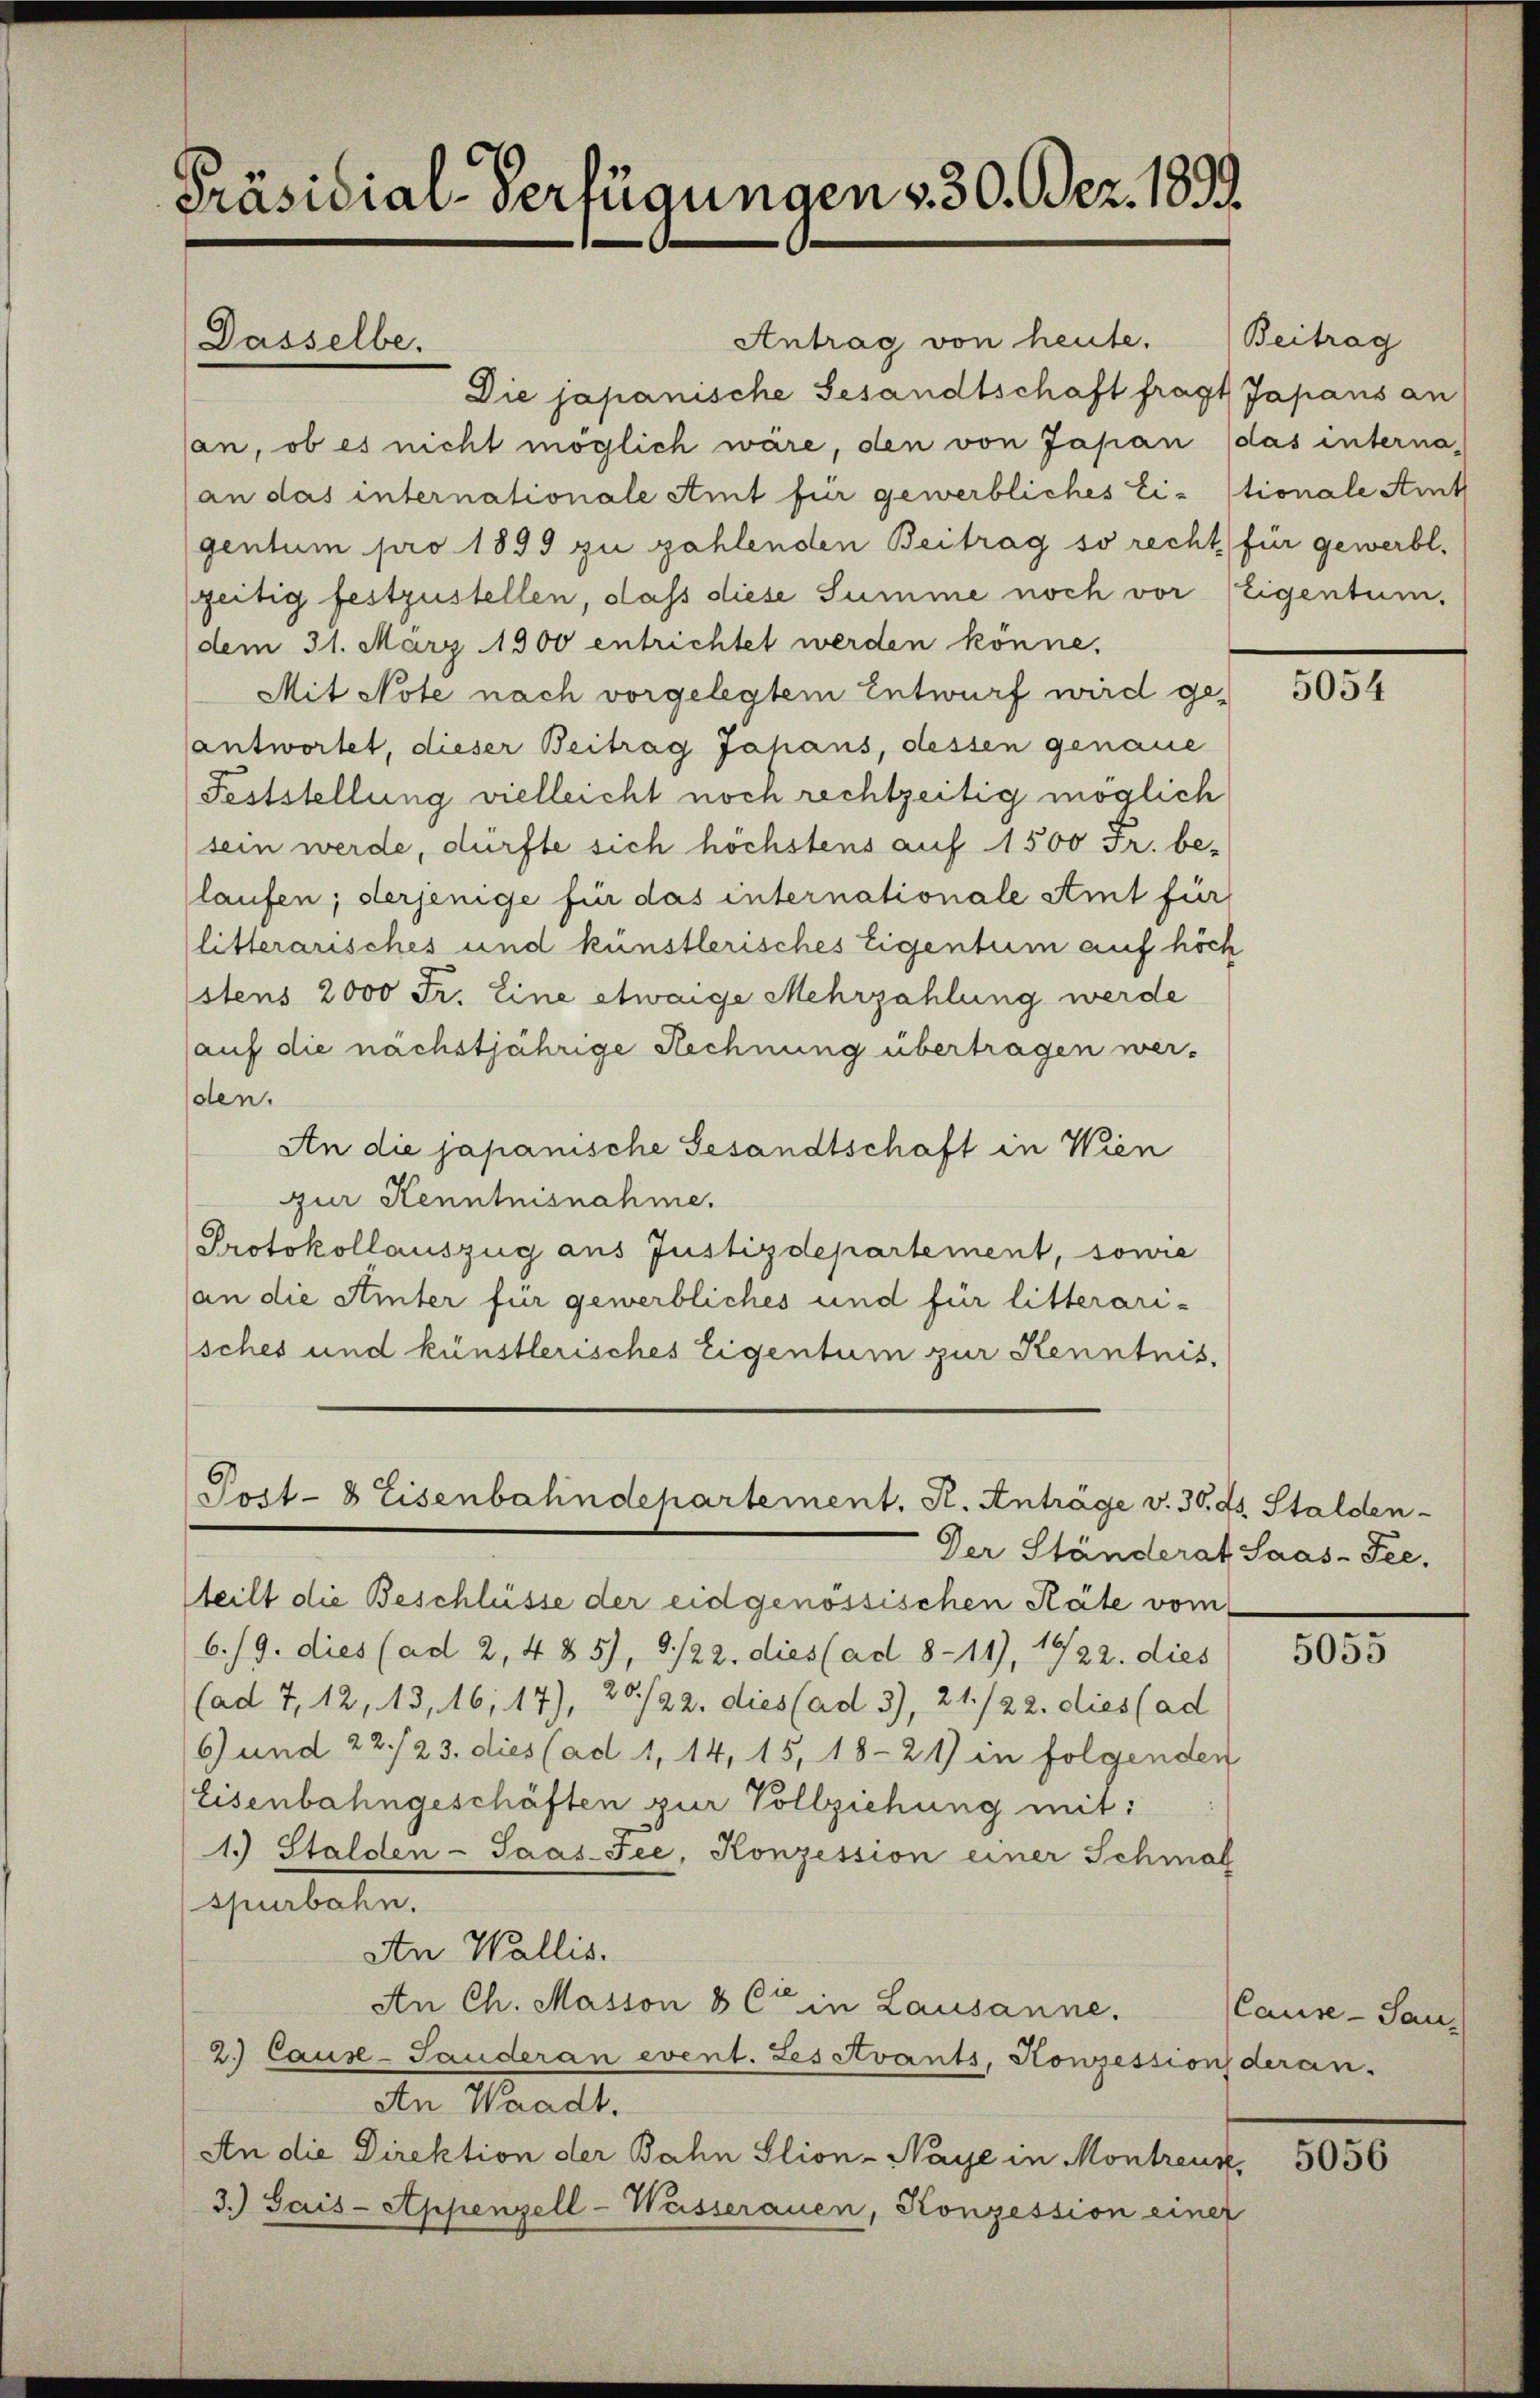
Präsidial-Verfügungen v. 30. Bez. 1899.

Dasselbe.

Antrag von heute. Beitrag
Die japanische Gesandtschaft fragt Japans an
an, ob es nicht möglich wäre, den von Japan (das interna¬
(an das internationale Amt für gewerbliches Ei-stionale Art
gentum pro 1899 zu zahlenden Beitrag so recht für gewerbl
zeitig festzustellen, dass diese Summe noch vor (Eigentum.
dem 31. März 1900 entrichtet werden könne.
Mit Note nach vorgelegtem Entwurf wird geantwortet, dieser Beitrag Jahans, dessen genaue
Feststellung vielleicht noch rechtzeitig möglich
sein werde, dürfte sich höchstens auf 1500 Fr. be-
laufen, derjenige für das internationale Amt für
(litterarisches und künstlerisches Eigentum auf höch
stens 2000 Fr. Eine etwaige Mehrzahlung werde
auf die nächstjährige Rechnung übertragen werden.
An die japanische Gesandtschaft in Wien
zur Kenntnisnahme.
Protokollauszug aus Justizdepartement, sowie
(an die Ainter für gewerbliches und für litterari-
sches und künstlerisches Eigentum zur Kenntnis,

Prit- 8 Eisenbahndepartement. A. Anträge v. 30. ds. Stalden-

Der Ständerat Saas-See,
Wteilt die Beschlüsse der eidgenössischen Räte vom
6./9. dies (ad 2, 4 § 5), 9/22. dies (ad 8-11), 1922. dies
(ad 7, 12, 43, 16, 17), 20./22. dies (ad 3), 21./22. dies (ad
6 und 22./23. dies (ad 1, 14, 15, 18-21) in folgenden
Eisenbahngeschäften zur Vollziehung mit:
1.) Stalden-Paas-Fee, Konzession einer Schmal
asenbarten.
An Wallis.
An Ch. Masson & C in Lausanne.
2.) Cause-Sauderan event. Les Avants, Konzession deran.
An Waadt.
An die Direktion der Bahn Slion-Naye in Montreux,
3.) Sais-Appenzell-Wasserauen, Konzession einer

5054

5055

Cause - San

5056